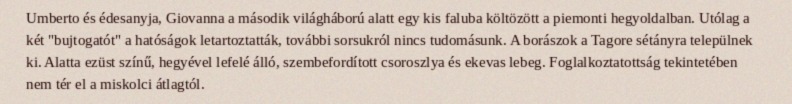
Umberto és édesanyja, Giovanna a második világháború alatt egy kis faluba költözött a piemonti hegyoldalban. Utólag a két "bujtogatót" a hatóságok letartoztatták, további sorsukról nincs tudomásunk. A borászok a Tagore sétányra települnek ki. Alatta ezüst színű, hegyével lefelé álló, szembefordított csoroszlya és ekevas lebeg. Foglalkoztatottság tekintetében nem tér el a miskolci átlagtól.